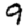
Digit: 9